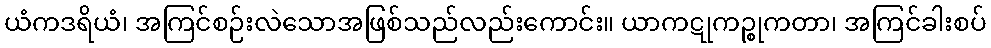
ယံကဒရိယံ၊ အကြင်စဉ်းလဲသောအဖြစ်သည်လည်းကောင်း။ ယာကဋုကဉ္စုကတာ၊ အကြင်ခါးစပ်